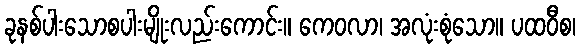
ခုနစ်ပါးသောစပါးမျိုးလည်းကောင်း။ ကေဝလာ၊ အလုံးစုံသော။ ပထဝီစ၊